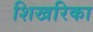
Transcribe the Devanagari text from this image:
शिखरिका